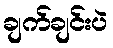
ချက်ချင်းပဲ